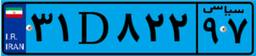
۳۱D۸۲۲۹۷